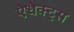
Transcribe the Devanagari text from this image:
ऐधेक्ट्स